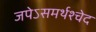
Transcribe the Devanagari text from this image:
जपेऽसमर्थश्चेद